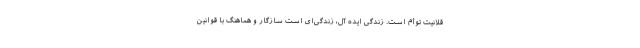
قلانیت توأم است. زندگی ایده آل، زندگی‌ای است سازگار و هماهنگ با قوانین